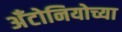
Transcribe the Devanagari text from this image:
अँटोनियोच्या